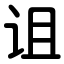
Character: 诅